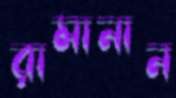
রামানান